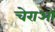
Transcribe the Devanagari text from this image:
चेराओं